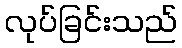
လုပ်ခြင်းသည်